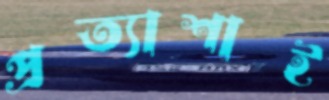
প্রত্যাশাই